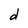
Character: d